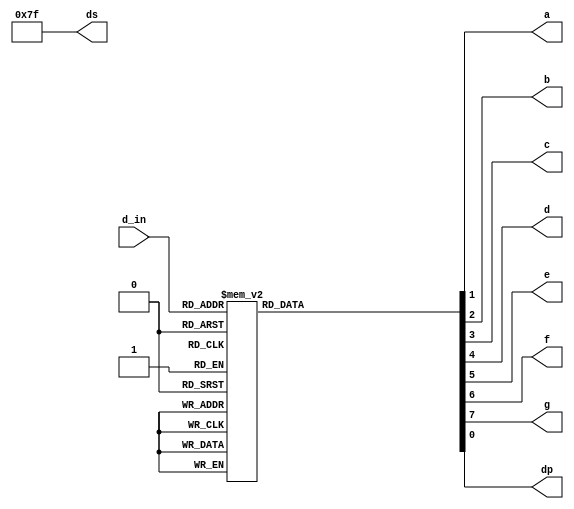
module seg(d_in,a,b,c,d,e,f,g,dp,ds);
input[3:0]d_in;//
output[7:0]ds;//
output a,b,c,d,e,f,g,dp;//dp is raiex dot dp0
reg[7:0]seg;//g,f,e,d,c,b,a,dp;

assign ds = 8'b01111111;//
always @(d_in)
	case(d_in)
		4'b0000:seg=8'b01111110;//0
		4'b0001:seg=8'b00001100;//1
		4'b0010:seg=8'b10110110;//2
		4'b0011:seg=8'b10011110;//3
		4'b0100:seg=8'b11001100;//4
		4'b0101:seg=8'b11011010;//5
		4'b0110:seg=8'b11111010;//6
		4'b0111:seg=8'b00001110;//7
		4'b1000:seg=8'b11111110;//8
		4'b1001:seg=8'b11011110;//9
		4'b1010:seg=8'b11101110;//a
		4'b1011:seg=8'b11111000;//b
		4'b1100:seg=8'b01110010;//c
		4'b1101:seg=8'b10111100;//d
		4'b1110:seg=8'b11110010;//e
		4'b1111:seg=8'b11100010;//f
		default:seg=8'b00000000;//
	endcase
assign a=seg[1];
assign b=seg[2];
assign c=seg[3];
assign d=seg[4];
assign e=seg[5];
assign f=seg[6];
assign g=seg[7];
assign dp=seg[0]; 
endmodule